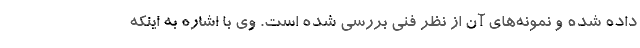
داده شده و نمونه‌های آن از نظر فنی بررسی شده است. وی با اشاره به اینکه